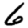
Digit: 6